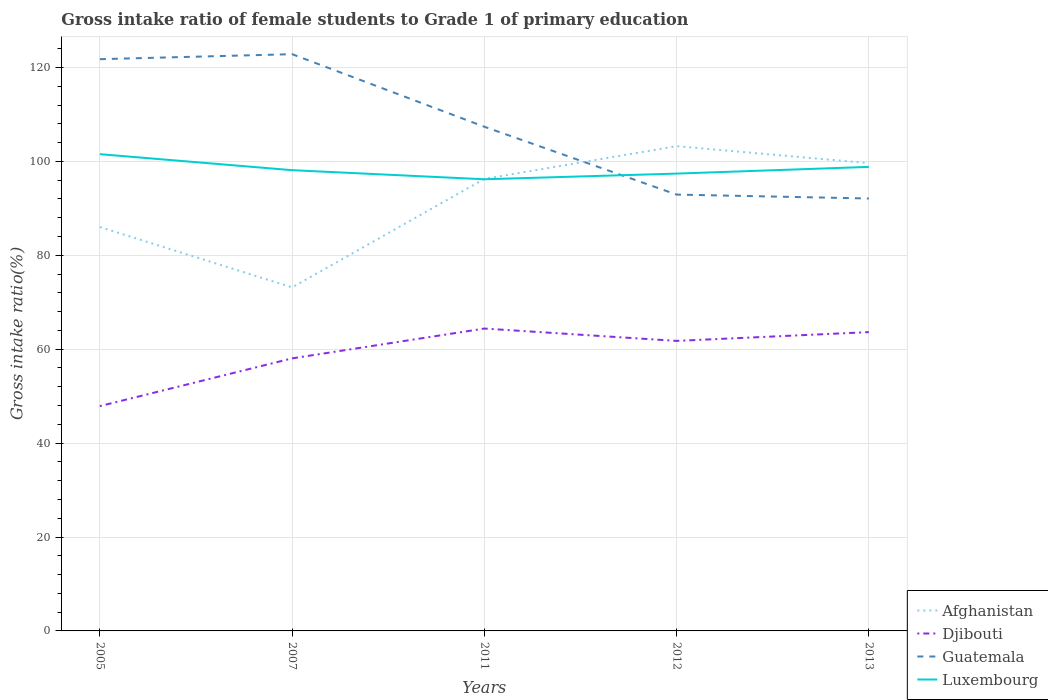
| Years | Afghanistan | Djibouti | Guatemala | Luxembourg |
 | --- | --- | --- | --- | --- |
 | 2005 | 86 | 47.9 | 122 | 102 |
 | 2007 | 73.2 | 58 | 123 | 98.1 |
 | 2011 | 96.3 | 64.4 | 107 | 96.2 |
 | 2012 | 103 | 61.8 | 92.9 | 97.4 |
 | 2013 | 99.6 | 63.6 | 92.1 | 98.8 |